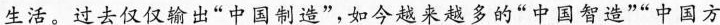
生活!过去仅仅输出“中国制造””如夸越来越多的“中国智造”“中国方